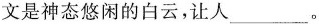
文是神态悠闲的白云，让人___。